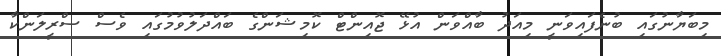
މިބަޔާނުގައި ބުނެފައިވަނީ މިއަދު ބާއްވަން އުޅޭ ޖޮއިންޓް ކޮމިޝަންގެ ބައްދަލުވުމުގައި ވެސް ސްރީލަންކާ